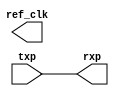
module tse_mac_loopback (
  ref_clk,
  txp,
  rxp
);
  output ref_clk;
  input txp;
  output rxp;
  reg clk_tmp;
  initial
     clk_tmp <= 1'b0;
  always
     #4 clk_tmp <= ~clk_tmp;
  reg reconfig_clk_tmp;
  initial
     reconfig_clk_tmp <= 1'b0;
  always
     #20 reconfig_clk_tmp <= ~reconfig_clk_tmp;
  assign ref_clk = clk_tmp;
  assign rxp=txp;
endmodule